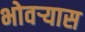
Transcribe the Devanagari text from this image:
भोवर्‍यास